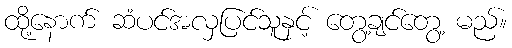
ထို့နောက် ဆံပင်အလှပြင်သူနှင့် တွေ့ချင်တွေ့ မည်။